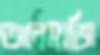
আলমাজি